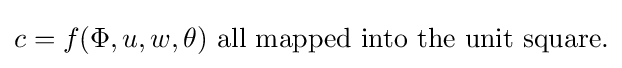
c=f(\Phi ,u,w,\theta ){\text{ all mapped into the unit square.}}